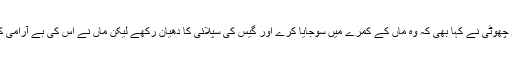
ماں کی سخت راتیں شروع ہوئیں تو چھوٹی نے کہا بھی کہ وہ ماں کے کمرے میں سوجایا کرے اور گیس کی سپلائی کا دھیان رکھے لیکن ماں نے اس کی بے آرامی کا سوچ کر سختی سے منع کر یاتھا۔